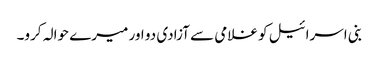
بنی اسرائیل کو غلامی سے آزادی دو اور میرے حوالہ کرو۔